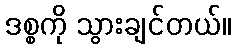
ဒစ္စကို သွားချင်တယ်။